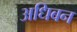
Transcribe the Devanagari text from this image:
अधिबन